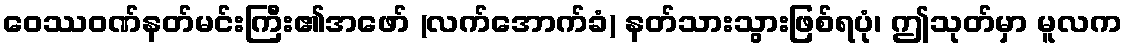
ဝေဿဝဏ်နတ်မင်းကြီး၏အဖော် (လက်အောက်ခံ) နတ်သားသွားဖြစ်ရပုံ၊ ဤသုတ်မှာ မူလက